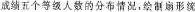
成绩五个等级人数的分布情况，绘制扇形统